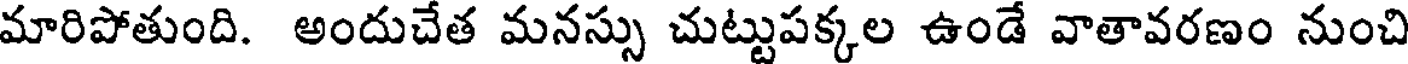
మారిపోతుంది. అందుచేత మనస్సు చుట్టుపక్కల ఉండే వాతావరణం నుంచి